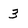
Character: 3